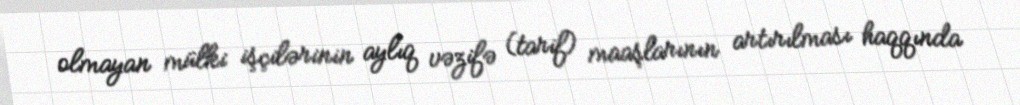
olmayan mülki işçilərinin aylıq vəzifə (tarif) maaşlarının artırılması haqqında